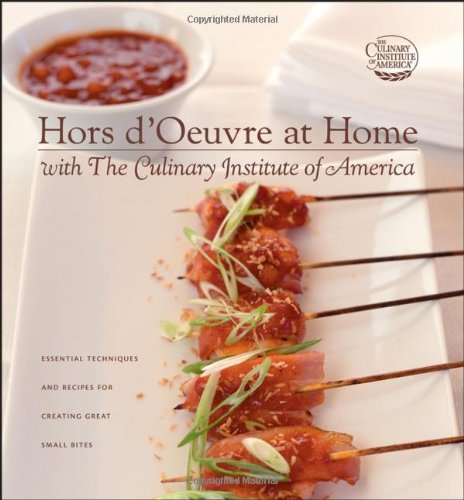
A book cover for Hors d'Oeuvre at Home with The Culinary Institute of America; The Culinary Institute of America; Cookbooks, Food & Wine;